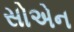
સોએન